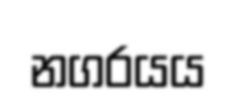
නගරයය